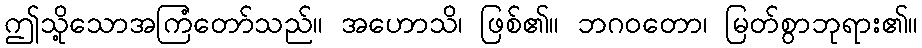
ဤသို့သောအကြံတော်သည်။ အဟောသိ၊ ဖြစ်၏။ ဘဂဝတော၊ မြတ်စွာဘုရား၏။